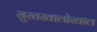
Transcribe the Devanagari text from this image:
सुरतखालोखाल